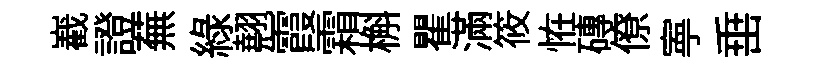
嶻證蕪綠翹霞霜槲瞿滿筱恠磚僚寕𡸁